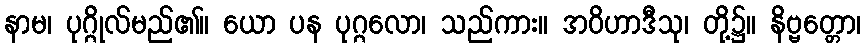
နာမ၊ ပုဂ္ဂိုလ်မည်၏။ ယော ပန ပုဂ္ဂလော၊ သည်ကား။ အဝိဟာဒီသု၊ တို့၌။ နိဗ္ဗတ္တော၊